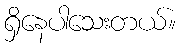
ရှိနေပါသေးတယ်။